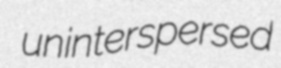
uninterspersed